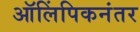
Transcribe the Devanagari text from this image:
ऑलिंपिकनंतर